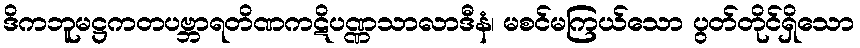
ဒိကဘူမဋ္ဌကတပဗ္ဘာရတိဏကဋိပဏ္ဏသာလာဒီနံ၊ မစင်မကြယ်သော ပွတ်တိုင်ရှိသော